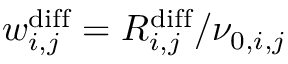
w _ { i , j } ^ { \mathrm { d i f f } } = R _ { i , j } ^ { \mathrm { d i f f } } / \nu _ { 0 , i , j }